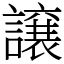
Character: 譲